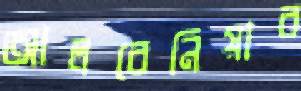
আলবেনিয়ার